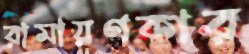
রামায়ণকার